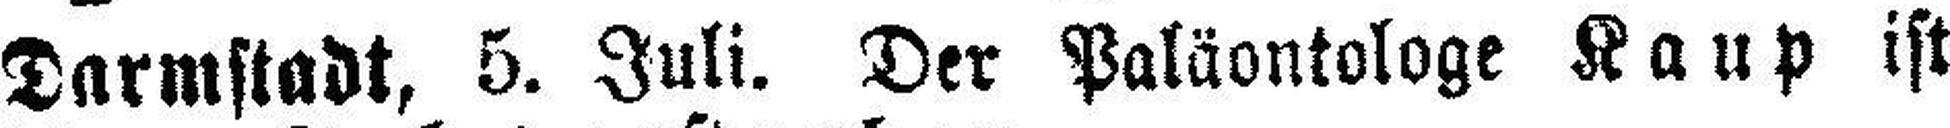
Darmstadt, 5. Juli. Der Paläontologe Kaup ist